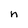
Character: n